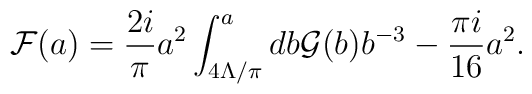
{\cal F}(a)={2i\over \pi}a^2\int^a_{4\Lambda/\pi}db {\cal G}(b)b^{-3}-{\pi i \over 16} a^2.